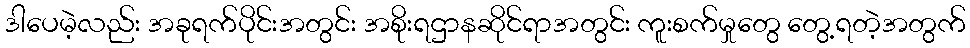
ဒါပေမဲ့လည်း အခုရက်ပိုင်းအတွင်း အစိုးရဌာနဆိုင်ရာအတွင်း ကူးစက်မှုတွေ တွေ့ရတဲ့အတွက်